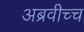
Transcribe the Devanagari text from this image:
अब्रवीच्च